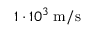
1 \cdot 1 0 ^ { 3 } \; \mathrm { m / s }